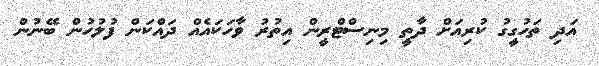
އަދި ތަހުގީގު ކުރިއަށް ދާތީ މިނިސްޓްރީން އިތުރު ވާހަކައެއް ދައްކަން ފުލުހުން ބޭނުން